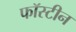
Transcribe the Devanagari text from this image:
फॉस्टीन